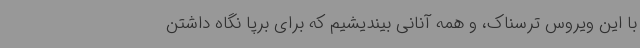
با این ویروس ترسناک، و همه آنانی بیندیشیم که برای برپا نگاه داشتن